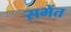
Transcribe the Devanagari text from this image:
सभेंत